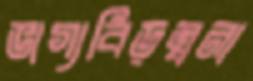
ভাগ্যবিড়ম্বনা